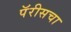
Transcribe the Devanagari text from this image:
पॅरीसचा